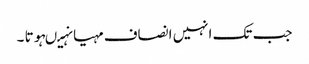
جب تک انہیں انصاف مہیا نہیںہوتا ۔